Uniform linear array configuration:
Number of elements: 64
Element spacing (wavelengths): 0.75
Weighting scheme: hann
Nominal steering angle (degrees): -45
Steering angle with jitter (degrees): -44.216
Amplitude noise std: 0.05
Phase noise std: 0.05

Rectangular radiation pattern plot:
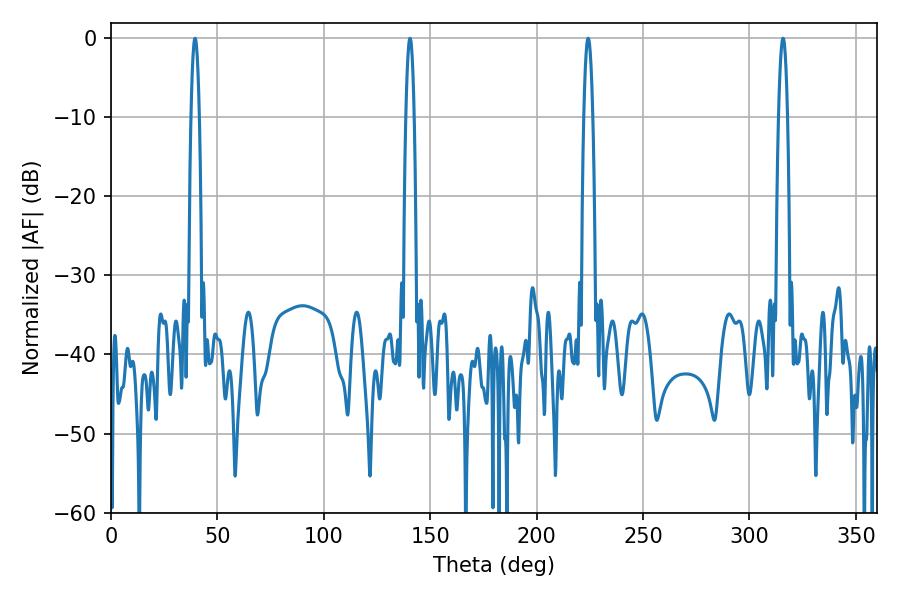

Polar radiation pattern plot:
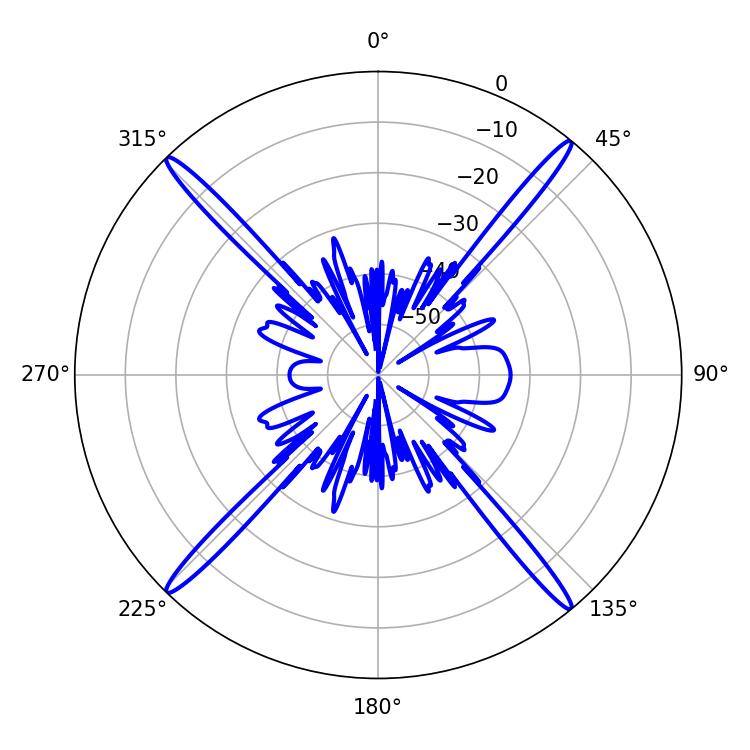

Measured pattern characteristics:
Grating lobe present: TRUE
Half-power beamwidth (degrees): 2.34
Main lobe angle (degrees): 315.72